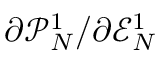
\partial \mathcal { P } _ { N } ^ { 1 } / \partial \mathcal { E } _ { N } ^ { 1 }